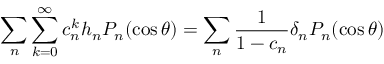
\sum _ { n } \sum _ { k = 0 } ^ { \infty } c _ { n } ^ { k } h _ { n } P _ { n } ( \cos \theta ) = \sum _ { n } { \frac { 1 } { 1 - c _ { n } } } \delta _ { n } P _ { n } ( \cos \theta )